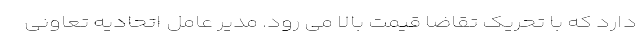
دارد که با تحریک تقاضا قیمت بالا می رود. مدیر عامل اتحادیه تعاونی